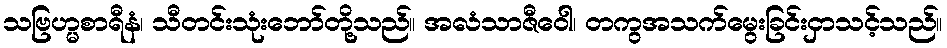
သဗြဟ္မစာရီနံ၊ သီတင်းသုံးဘော်တို့သည်။ အလံသာဇီဝေါ၊ တကွအသက်မွေးခြင်းငှာသင့်သည်။